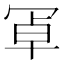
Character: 𭁸